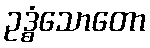
ဥဒ္ဓံသောတော